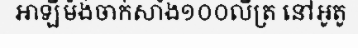
អាឡឺម៉ង់ចាក់សាំង១០០លីត្រ នៅអូតូ